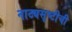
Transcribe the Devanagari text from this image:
नाट्यसृष्‍टीची